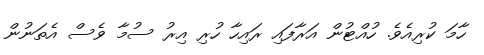
ހާމަ ކުރިއެވެ. ހުއްޓުން އަރާފައި ރައިހާ ހުރި އިރު ސުމާ ވެސް އެތަނުން